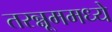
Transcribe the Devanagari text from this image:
तरन्नूममध्ये